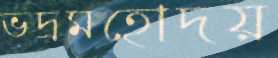
ভদ্রমহোদয়